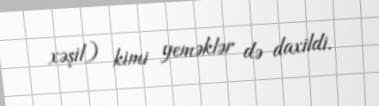
xəşil) kimi yeməklər də daxildi.